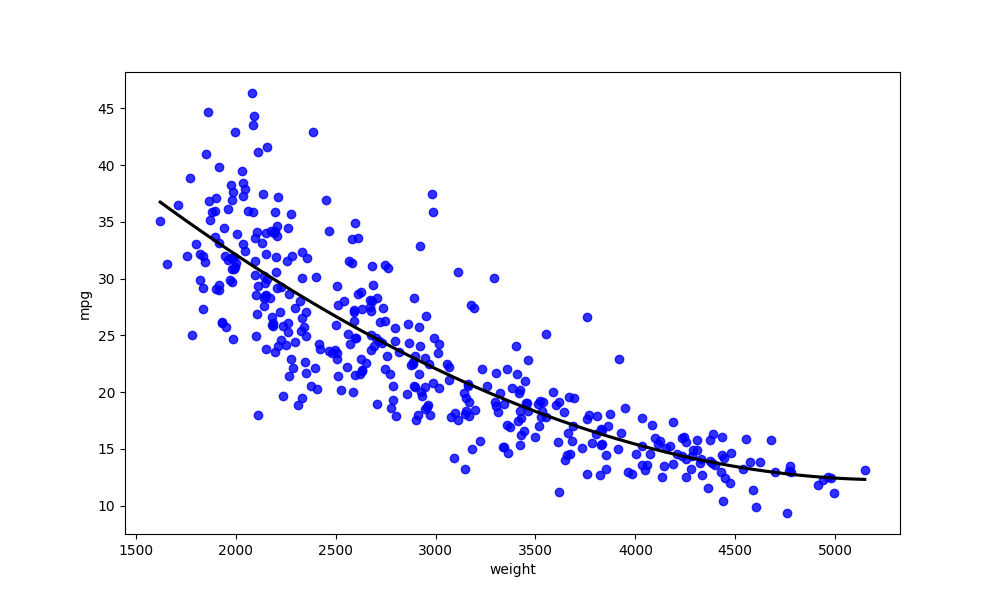
python, seaborn, regplot, order=3, ci=None, scatter_color=blue, line_color=black